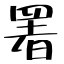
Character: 署